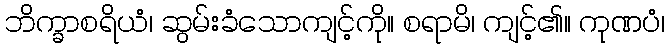
ဘိက္ခာစရိယံ၊ ဆွမ်းခံသောကျင့်ကို။ စရာမိ၊ ကျင့်၏။ ကုဏပံ၊